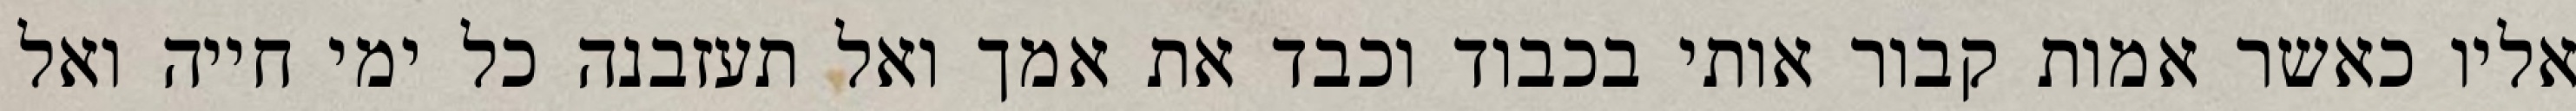
אליו כאשר אמות קבור אותי בכבוד וכבד את אמך ואל תעזבנה כל ימי חייה ואל